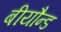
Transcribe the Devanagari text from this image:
बीयौन्ड